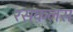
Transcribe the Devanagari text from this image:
रसकलस